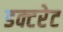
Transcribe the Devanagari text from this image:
डक्टरेट